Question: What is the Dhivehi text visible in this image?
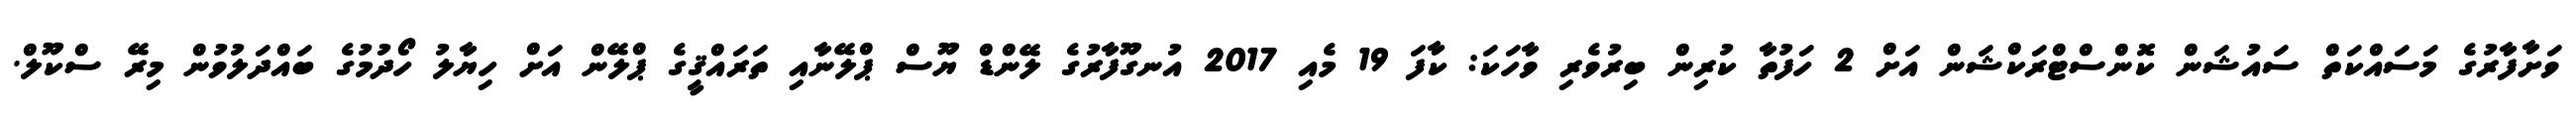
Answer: ވަށާފާރުގެ މަސައްކަތް ސައުޝަން ކޮންސްޓްރަކްޝަން އަށް 2 ހަފުތާ ކުރިން ބިރުވެރި ވާހަކަ: ކާފަ 19 މެއި 2017 އުނގޫފާރުގެ ލޭންޑް ޔޫސް ޕްލޭނާއި ތަރައްޤީގެ ޕްލޭން އަށް ހިޔާލު ހޯދުމުގެ ބައްދަލުވުން މިރޭ ސްކޫލް.